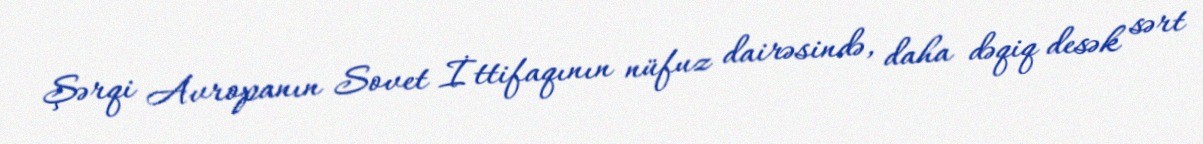
Şərqi Avropanın Sovet İttifaqının nüfuz dairəsində, daha dəqiq desək sərt